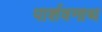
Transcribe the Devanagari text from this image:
पार्शवनाथ